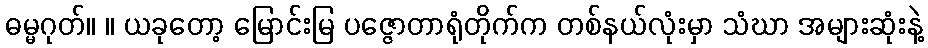
ဓမ္မဂုတ်။ ။ ယခုတော့ မြောင်းမြ ပဇ္ဇောတာရုံတိုက်က တစ်နယ်လုံးမှာ သံဃာ အများဆုံးနဲ့